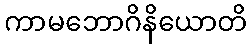
ကာမဘောဂိနိယောတိ